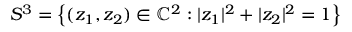
S ^ { 3 } = \left\{ ( z _ { 1 } , z _ { 2 } ) \in \mathbb { C } ^ { 2 } : | z _ { 1 } | ^ { 2 } + | z _ { 2 } | ^ { 2 } = 1 \right\}